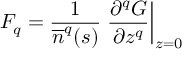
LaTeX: F _ { q } = \frac { 1 } { \overline { { n } } ^ { q } ( s ) } \left. \frac { \partial ^ { q } G } { \partial z ^ { q } } \right| _ { z = 0 }